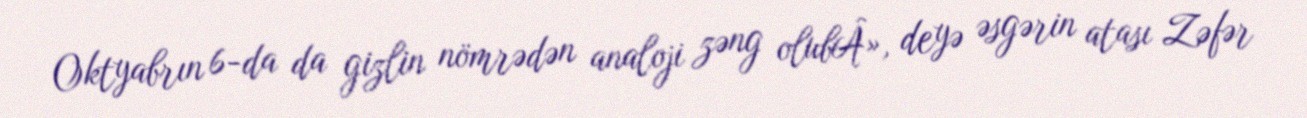
Oktyabrın 6-da da gizlin nömrədən analoji zəng olubÂ», deyə əsgərin atası Zəfər